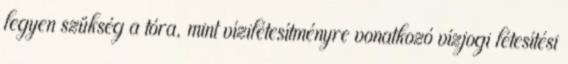
legyen szükség a tóra, mint vízilétesítményre vonatkozó vízjogi létesítési